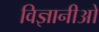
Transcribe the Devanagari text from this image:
विज्ञानीओ